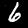
Digit: 6